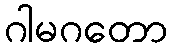
ဂါမဂတော